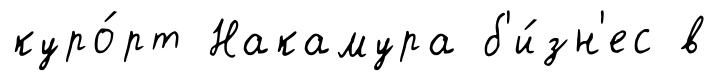
куро́рт Накамура б'и́зн'ес в